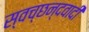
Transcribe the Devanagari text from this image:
स्वच्छन्दवादी